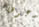
يدعوها